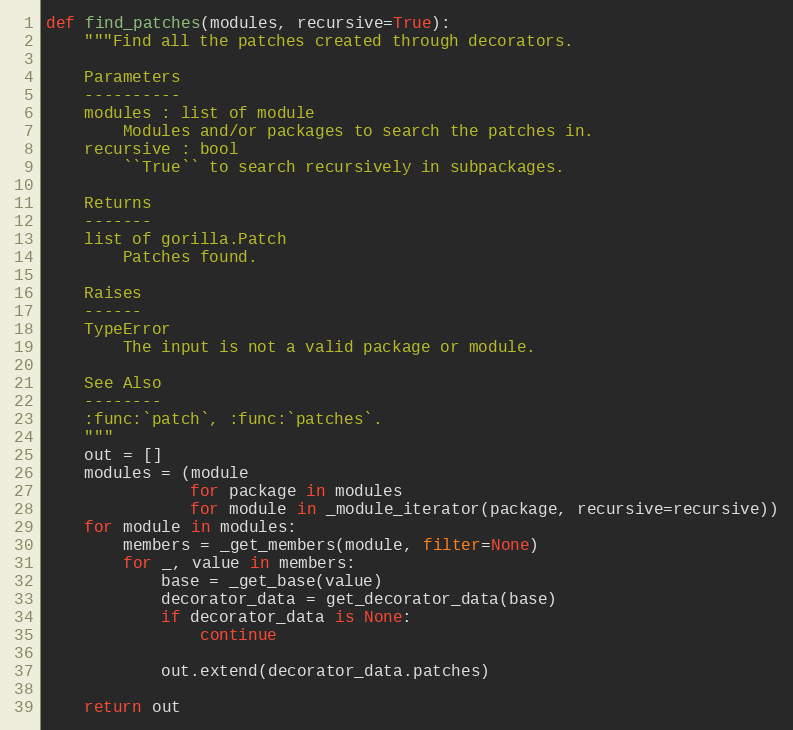
Language: Python
def find_patches(modules, recursive=True):
    """Find all the patches created through decorators.

    Parameters
    ----------
    modules : list of module
        Modules and/or packages to search the patches in.
    recursive : bool
        ``True`` to search recursively in subpackages.

    Returns
    -------
    list of gorilla.Patch
        Patches found.

    Raises
    ------
    TypeError
        The input is not a valid package or module.

    See Also
    --------
    :func:`patch`, :func:`patches`.
    """
    out = []
    modules = (module
               for package in modules
               for module in _module_iterator(package, recursive=recursive))
    for module in modules:
        members = _get_members(module, filter=None)
        for _, value in members:
            base = _get_base(value)
            decorator_data = get_decorator_data(base)
            if decorator_data is None:
                continue

            out.extend(decorator_data.patches)

    return out